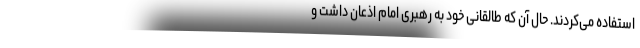
استفاده می‌کردند. حال آن که طالقانی خود به رهبری امام اذعان داشت و